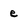
Character: e